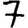
Digit: 7